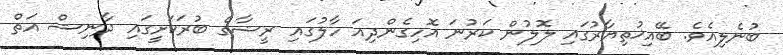
ބުނެލިއެވެ. ބޭއިޚުތިޔާރުގައި ލޮލުން ކަރުނަ އޮހިިގެންދިއަ ހާލުގައި ރީޝާގެ ބުރަކަށީީގައި ދާނިޝް އަތް